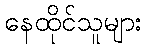
နေထိုင်သူများ